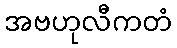
အဗဟုလီကတံ